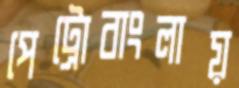
পেট্রোবাংলায়